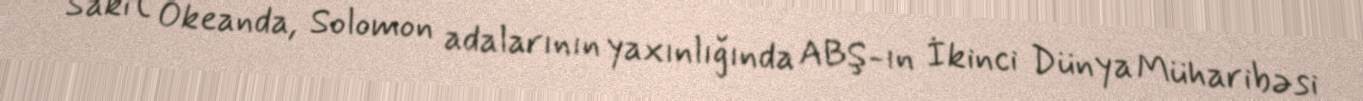
Sakit Okeanda, Solomon adalarının yaxınlığında ABŞ-ın İkinci Dünya Müharibəsi